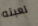
لعبته